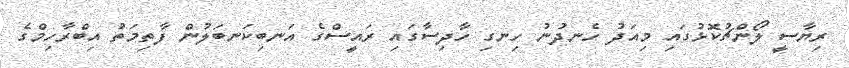
ރިޔާސީ ލޯންޗުކޮޅުގައި މިއަދު ހެނދުނު ހިނގި ހާދިސާގައި ރައީސްގެ އަނބިކަނބަލުން ފާތިމަތު އިބްރާހިމްގެ